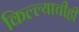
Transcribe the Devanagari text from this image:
किल्ल्याचीही